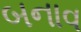
બનાવ